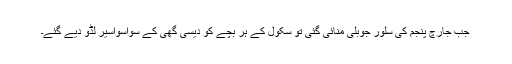
جب جارچ پنجم کی سلور جوبلی منائی گئی تو سکول کے ہر بچے کو دیسی گھی کے سواسواسیر لڈو دیے گئے۔